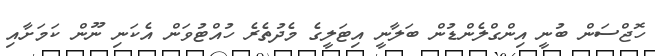
ހޮޖްސަން ބުނީ އިންގްލެންޑުން ބަލާނީ އިޓަލީގެ މެދުތެރެ ހުއްޓުވަން އެކަނި ނޫން ކަމަށާއި